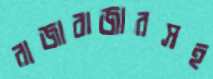
রাজাবাজারসহ